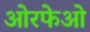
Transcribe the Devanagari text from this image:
ओरफेओ